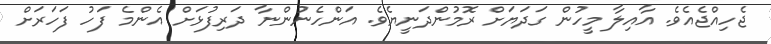
ޖެހިއްޖެއެވެ. އާއިލާ މީހުން ގަދަޔަށް ރޮމުންދަނީޔެވެ. އަންހެނުންނާ ދަރިފުޅަށް އެންމެ ފަހު ފަހަރަށް